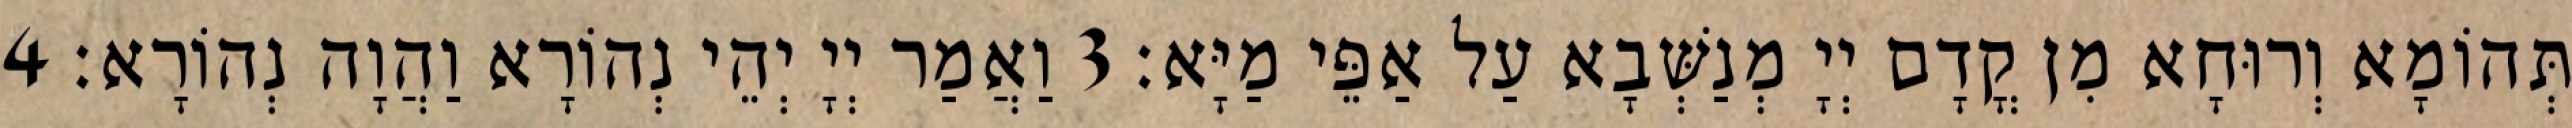
תְּהוֹמָא וְרוּחָא מִן קֳדָם יְיָ מְנַשְּׁבָא עַל אַפֵּי מַיָּא׃ 3 וַאֲמַר יְיָ יְהֵי נְהוֹרָא וַהֲוָה נְהוֹרָא׃ 4